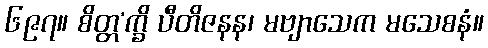
၆၉၇။ စိတ္တ’က္ခိ ပီတိဇနန၊ မဗျာသေက မသေစနံ။